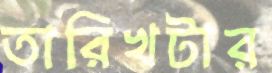
তারিখটার